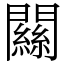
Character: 𨶹